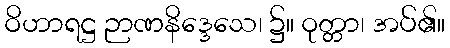
ဝိဟာရဋ္ဌ ဉာဏနိဒ္ဒေသေ၊ ၌။ ဝုတ္တာ၊ အပ်၏။